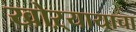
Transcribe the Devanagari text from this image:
खोऱ्यायाचा